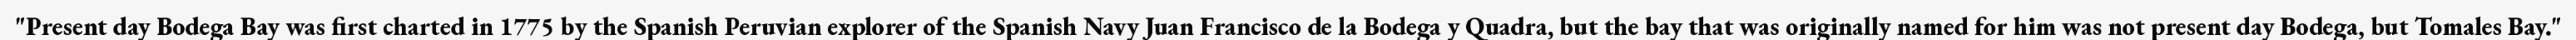
"Present day Bodega Bay was first charted in 1775 by the Spanish Peruvian explorer of the Spanish Navy Juan Francisco de la Bodega y Quadra, but the bay that was originally named for him was not present day Bodega, but Tomales Bay."